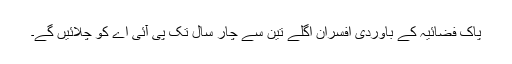
پاک فضائیہ کے باوردی افسران اگلے تین سے چار سال تک پی آئی اے کو چلائیں گے۔